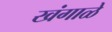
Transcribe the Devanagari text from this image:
खंगाळे